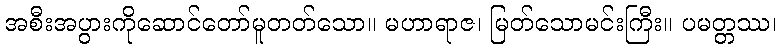
အစီးအပွားကိုဆောင်တော်မူတတ်သော။ မဟာရာဇ၊ မြတ်သောမင်းကြီး။ ပမတ္တဿ၊